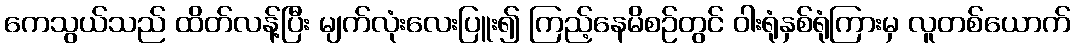
ကေသွယ်သည် ထိတ်လန့်ပြီး မျက်လုံးလေးပြူး၍ ကြည့်နေမိစဉ်တွင် ဝါးရုံနှစ်ရုံကြားမှ လူတစ်ယောက်